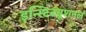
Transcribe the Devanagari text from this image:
इन्स्टिट्यूशनल